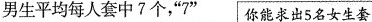
男生平均每人套中7个，”7”你能求出5名女生套